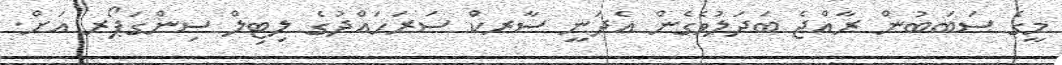
މީގެ ސަބަބުން ރާއްޖެ ބަދަލުވެގެން އެދަނީ ސާރކް ސަރަހައްދުގެ ލިޓިލް ސިންގަޕޯރ އަށް.